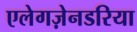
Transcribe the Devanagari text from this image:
एलेगज़ेनडरिया